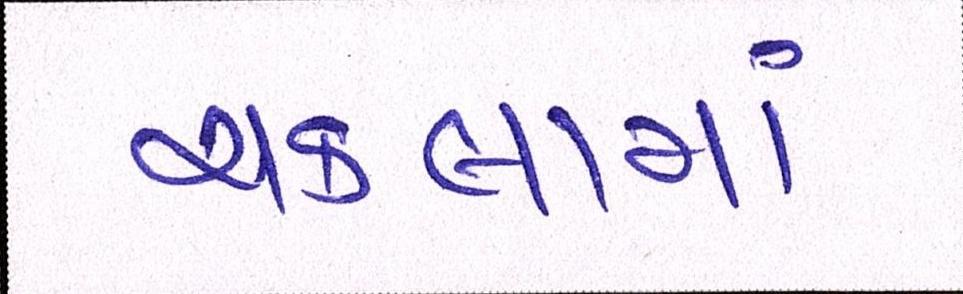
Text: ચકલામાં